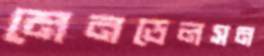
মেনডেলসন